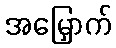
အမြှောက်